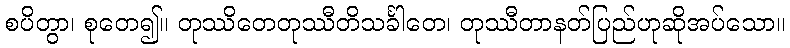
စပိတွာ၊ စုတေ၍။ တုဿိတေတုဿီတိသင်္ခါတေ၊ တုဿီတာနတ်ပြည်ဟုဆိုအပ်သော။